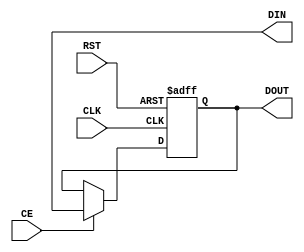
module dreg(
	output reg [NBRB-1:0] DIN,
	input wire CE,
	input wire	RST, 
	input wire	CLK,	
	output reg [NBRB-1:0] DOUT
	);
	
parameter NBRB = 8;
	
always @(posedge CLK or posedge RST)
	begin
		if(RST == 1)
			DOUT <= 0;
		else if(CE == 1)
			DOUT <= DIN;
	end
	
endmodule